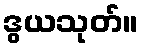
ဒွယသုတ်။